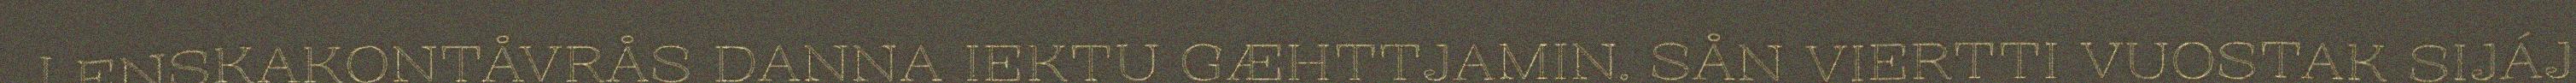
LENSKAKONTÅVRÅS DANNA IEKTU GÆHTTJAMIN. SÅN VIERTTI VUOSTAK SIJÁJ